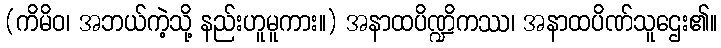
(ကိမိဝ၊ အဘယ်ကဲ့သို့ နည်းဟူမူကား။) အနာထပိဏ္ဍိကဿ၊ အနာထပိဏ်သူဌေး၏။